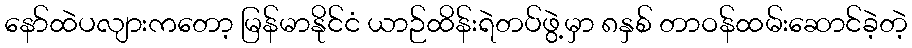
နော်ထဲပလျားကတော့ မြန်မာနိုင်ငံ ယာဉ်ထိန်းရဲတပ်ဖွဲ့မှာ ၈နှစ် တာဝန်ထမ်းဆောင်ခဲ့တဲ့